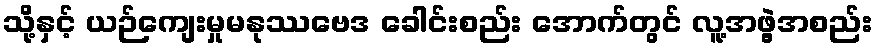
သို့နှင့် ယဉ်ကျေးမှုမနုဿဗေဒ ခေါင်းစည်း အောက်တွင် လူ့အဖွဲ့အစည်း